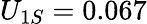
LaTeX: U_{1S}=0.067